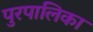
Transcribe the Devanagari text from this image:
पुरपालिका